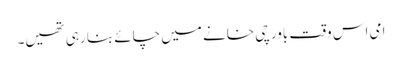
امی اس وقت باورچی خانے میں چائے بنا رہی تھیں۔